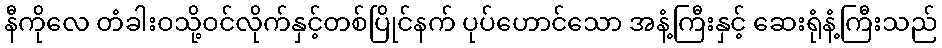
နီကိုလေ တံခါးဝသို့ဝင်လိုက်နှင့်တစ်ပြိုင်နက် ပုပ်ဟောင်သော အနံ့ကြီးနှင့် ဆေးရုံနံ့ကြီးသည်